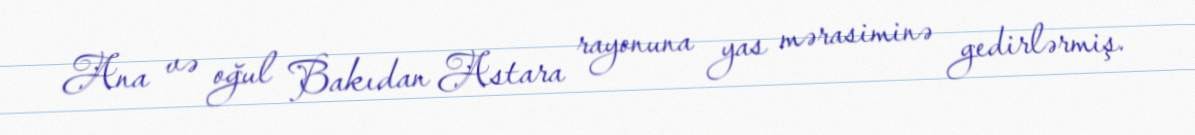
Ana və oğul Bakıdan Astara rayonuna yas mərasiminə gedirlərmiş.